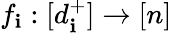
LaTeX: f_{\mathbf{i}}:[d_{\mathbf{i}}^{+}]\rightarrow[n]